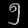
Digit: ၅